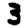
Digit: 3